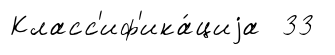
Класс'иф'ика́циjа 33